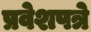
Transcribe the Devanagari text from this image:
प्रवेशपत्रे